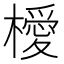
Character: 𣜬